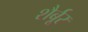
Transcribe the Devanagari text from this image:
शैर्बूर